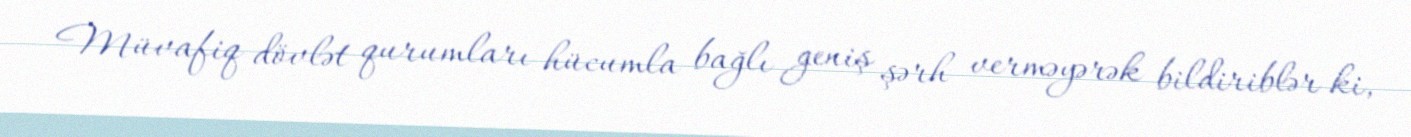
Müvafiq dövlət qurumları hücumla bağlı geniş şərh verməyərək bildiriblər ki,